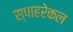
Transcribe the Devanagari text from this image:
स्पाहरेकल